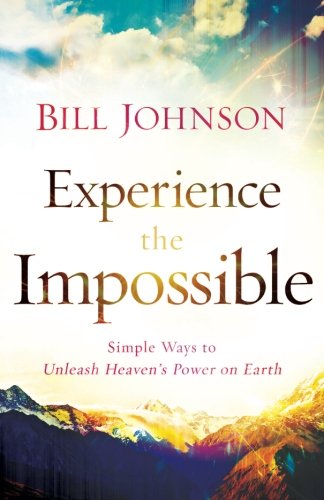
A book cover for Experience the Impossible: Simple Ways to Unleash Heaven's Power on Earth; Bill Johnson; Christian Books & Bibles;